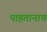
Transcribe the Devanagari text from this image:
पाहतानाच